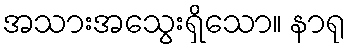
အသားအသွေးရှိသော။ နာရု